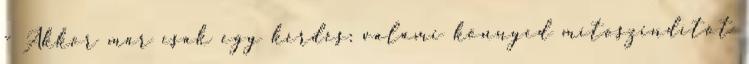
- Akkor már csak egy kérdés: valami könnyed mítoszindítót